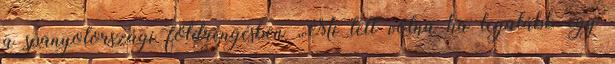
a spanyolországi földrengésben „Mi lett volna ha legalább egy